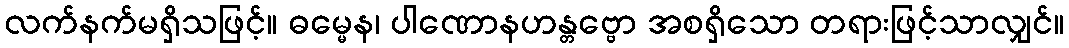
လက်နက်မရှိသဖြင့်။ ဓမ္မေန၊ ပါဏောနဟန္တဗ္ဗော အစရှိသော တရားဖြင့်သာလျှင်။